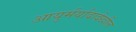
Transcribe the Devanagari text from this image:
आयुर्मर्यादादेखील